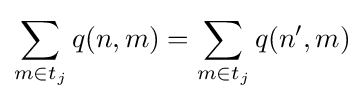
\sum _{m\in t_{j}}q(n,m)=\sum _{m\in t_{j}}q(n',m)